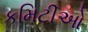
કમિટીઓ